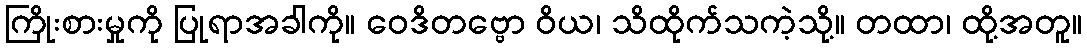
ကြိုးစားမှုကို ပြုရာအခါကို။ ဝေဒိတဗ္ဗော ဝိယ၊ သိထိုက်သကဲ့သို့။ တထာ၊ ထို့အတူ။